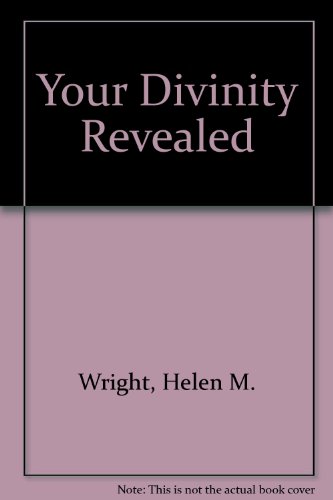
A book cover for Your Divinity Revealed; Helen M. Wright; Christian Books & Bibles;